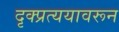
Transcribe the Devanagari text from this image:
दृक्प्रत्ययावरून